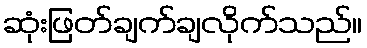
ဆုံးဖြတ်ချက်ချလိုက်သည်။